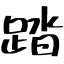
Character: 踏